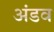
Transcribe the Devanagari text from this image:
अंडव